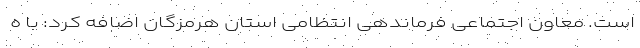
است. معاون اجتماعی فرماندهی انتظامی استان هرمزگان اضافه کرد: با ه